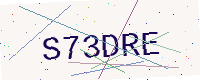
Text: S73DRE